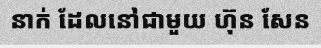
នាក់ ដែលនៅជាមួយ ហ៊ុន សែន